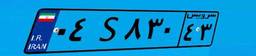
۰۴S۸۳۰۴۳